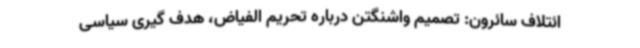
ائتلاف سائرون: تصمیم واشنگتن درباره تحریم الفیاض، هدف گیری سیاسی